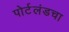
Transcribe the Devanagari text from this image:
पोर्टलंडचा